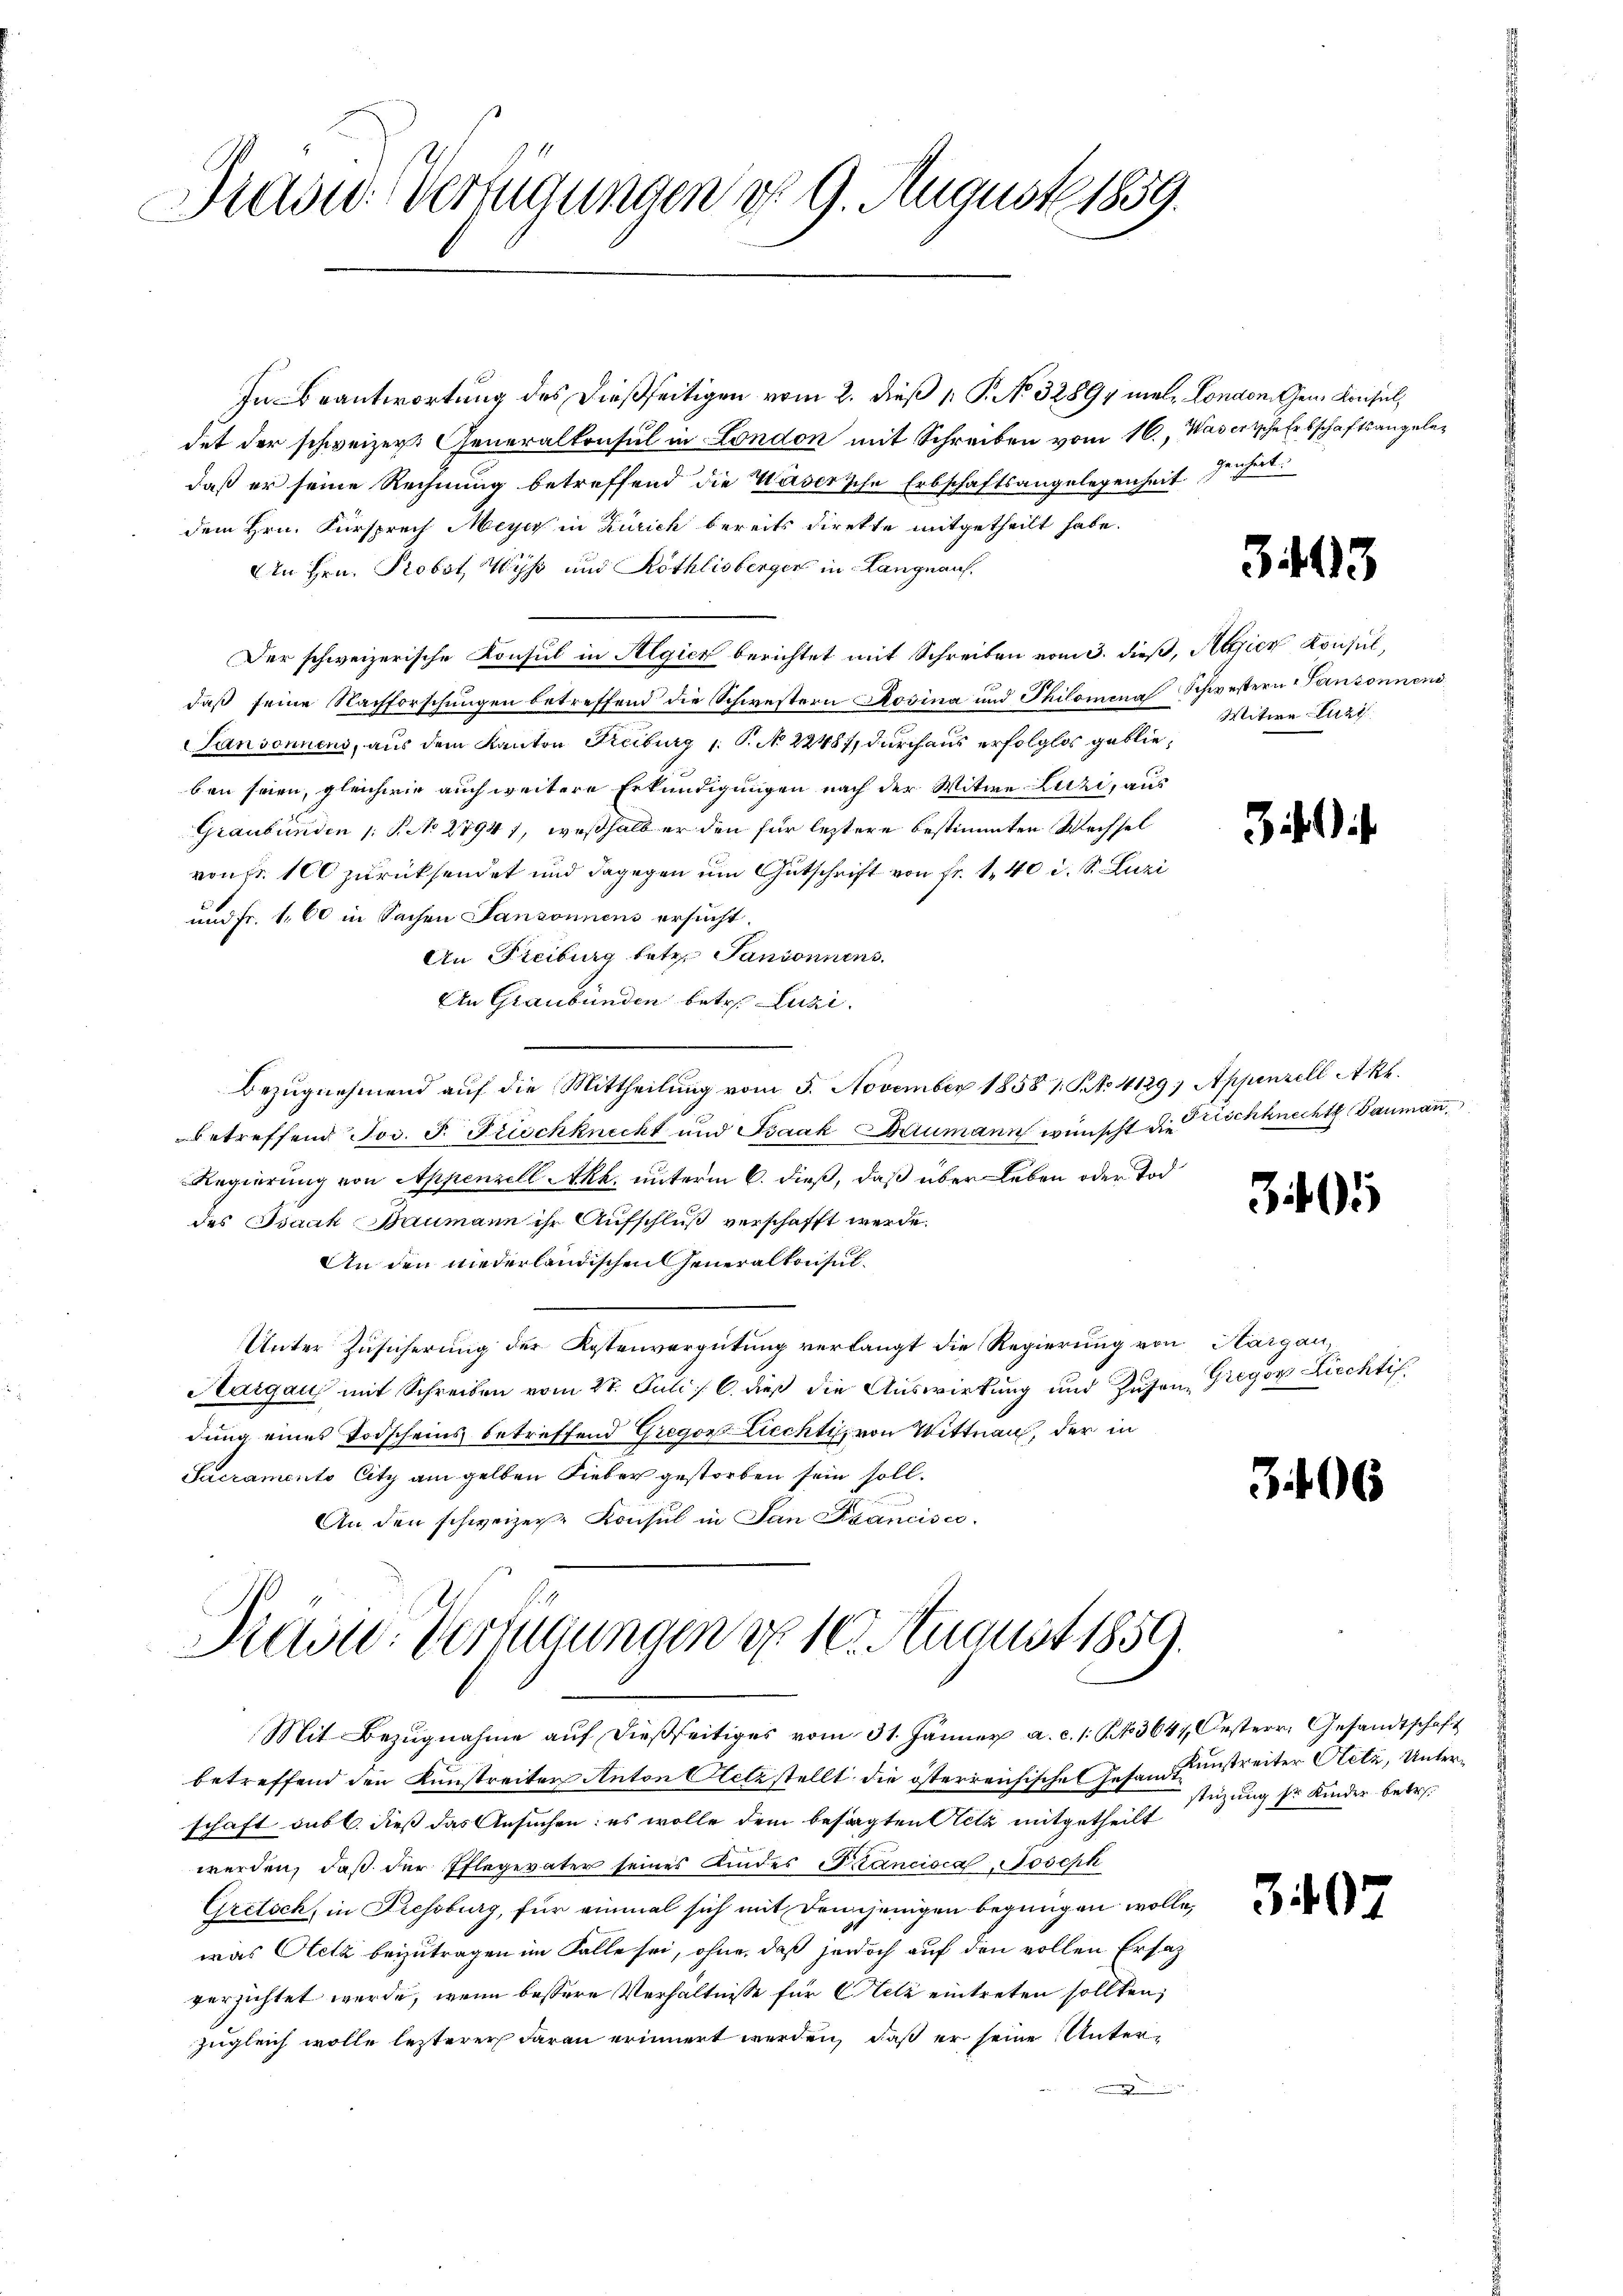
Ardit. Verfügungen d. 9. August 1859.

In Beantwortung des dießseitigen vom 2. dieß 1 P. No. 32894 mal. London Gem. Konsul,
det der schweizer Generalkonsul in London mit Schreiben vom 16., Wasertsche Erbschaftsangeladaß er seine Rechnung betreffend die Wasersche Erbschaftsangelegenheit. Jenheit
dem Hrn. Fürsprech Meyer in Zürich bereits direkte mitgetheilt habe.
An Hrn. Probst, Wyß und Röthlisberger in Langnauf.
Der schweizerische Konsul in Algick berichtet mit Schreiben vom 3. dieß, Algien Konsul,
daß seine Nachforschungen betreffend die Schwestern Rosina und Philomina Schwestern Pansonnens
Sansonnens, aus dem Kanton Reiburg 1. P. No 22487, durchaus erfolglos geblieben seien, gleichwie auch weitere Erkundigungen nach der Witwe Luzi, aus
Graubünden /: P. No 2794), weßhalb er den für letztere bestimmten Wechsel
reust 100 zurücksendet und dagegen um Gutschrift von fr. 140 d. S. Luzi
und Fr. 1,60 in Sachen Jansonnens ersucht.
An Freiburg betr. Pansonnens.
An Graubünden betr. Luzi
Bezugnehmend auf die Mittheilung vom 5. November 1858 1. No. 4129; Appenzell Akt.
betreffend Jos. F. Frischknecht und Isaak Krumann wünscht die Aschknechts Baumann,
Regierung von Appenzell Akh. unterm 6. dieß, daß über Leben oder Tod
des Isaak Baumann ihr Aufschluß verschafft werde.
An den niederländischen Generalkonsul¬
Unter Zusicherung der Kostenvergütung verlangt die Regierung von Aargau
Aargau mit Schreiben vom 27. Juli / C. dieß die Auswirkung und Zusen, Gregor Liechtis
dung eines Todscheins betreffend Gregor Liechti, von Mittnau, der in
Sacramento Citz am gelben Lieber gestorben sein soll.
An den schweizer Konsul in San Francisco

Präsid: Verlegungen d. 10. August 1859.

Mit Bezugnahme auf dießseitiges vom 31. Jänner a. c. s. S. 3647, Oesterr. Gesandtschaft
betreffend den Kunstreiter Anton Aetzstellt die österreichische Gesandt
schaft sub b. dieß das Ansuchen: es wolle dem besagten Acta mitgetheilt
werden, daß der Pflegeväter seines Kindes Plancisca, Joseph
Gretsch, in Fressburg, für einmal sich mit Denjenigen begnügen wolle,
was Oetz beizutragen im Falle sei, ohne, daß jedoch auf den vollen Ersatz
versichtet werde, wenn bessere Verhältnisse für Stelz eintreten sollten;
zugleich wolle lezterer darau erinnert werden, daß er seine Unter¬

3443

Witwe Luzi

i) i

i

3406

Kunstreiter Otetz, Unterstüzung sr Kinder betr.

39